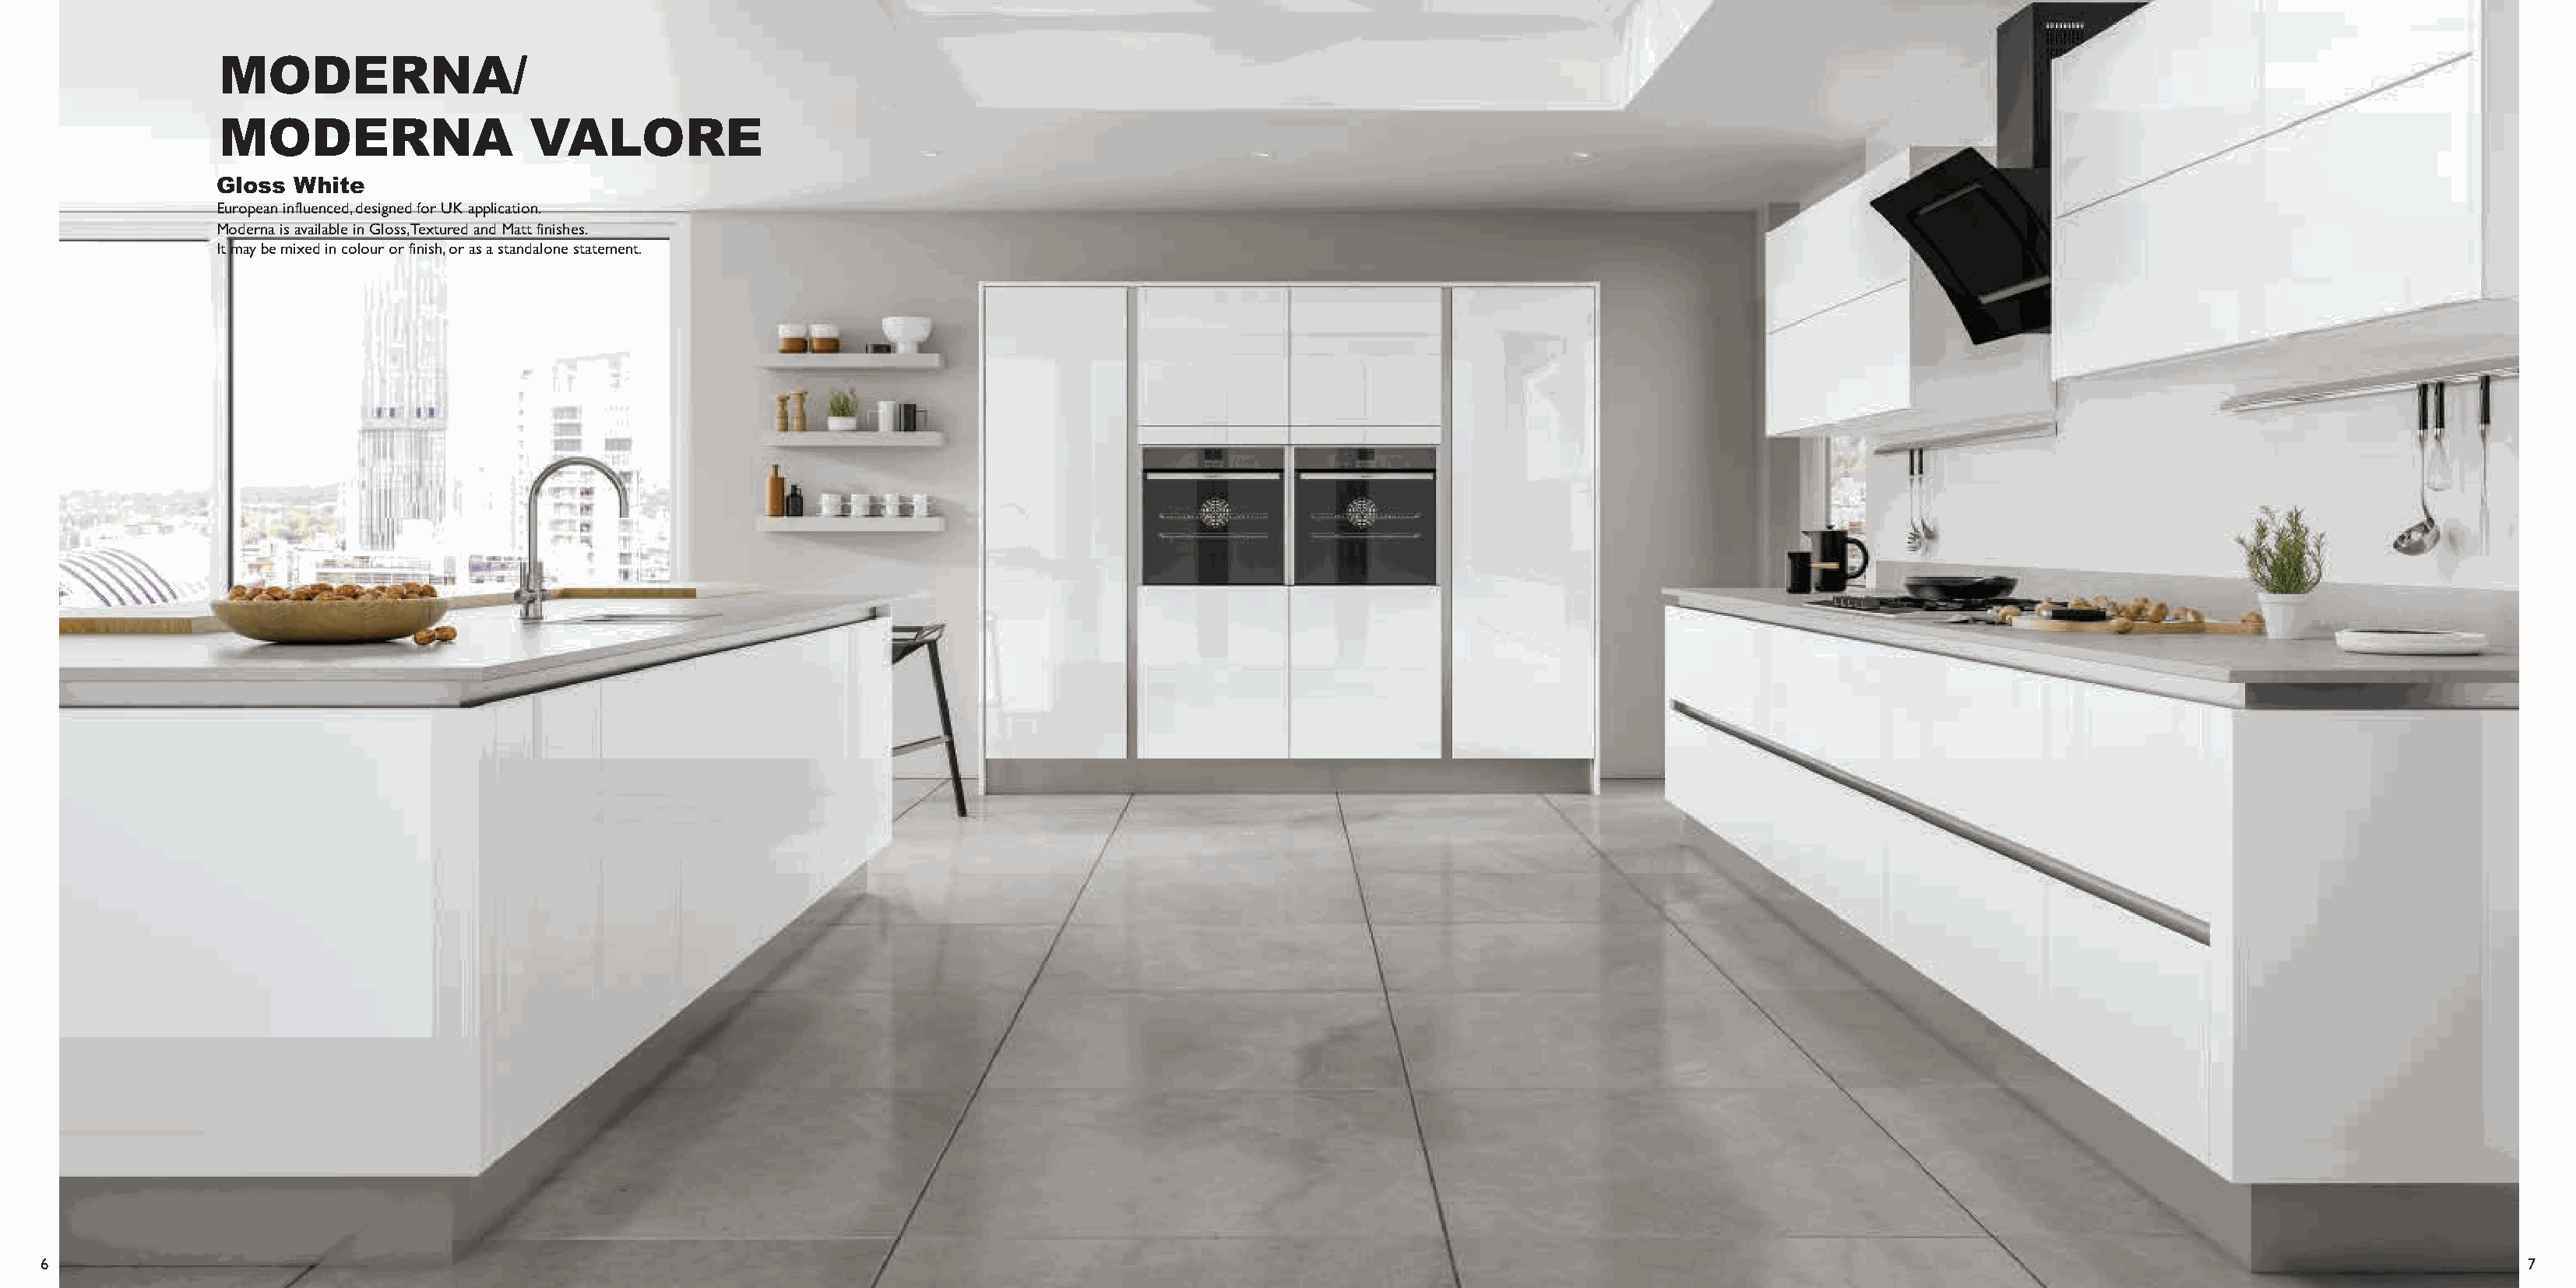
MODERNA/
 MODERNA                   VALORE
 Gloss  White
 European influenced, designed for UK application.
 Moderna is available in Gloss, Textured and Matt finishes.
 It may be mixed in colour or finish, or as a standalone statement.
 6                                                                                                                                                                                                                   7